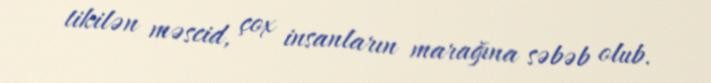
tikilən məscid, çox insanların marağına səbəb olub.